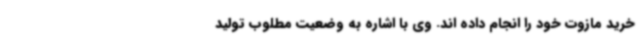
خرید مازوت خود را انجام داده اند. وی با اشاره به وضعیت مطلوب تولید